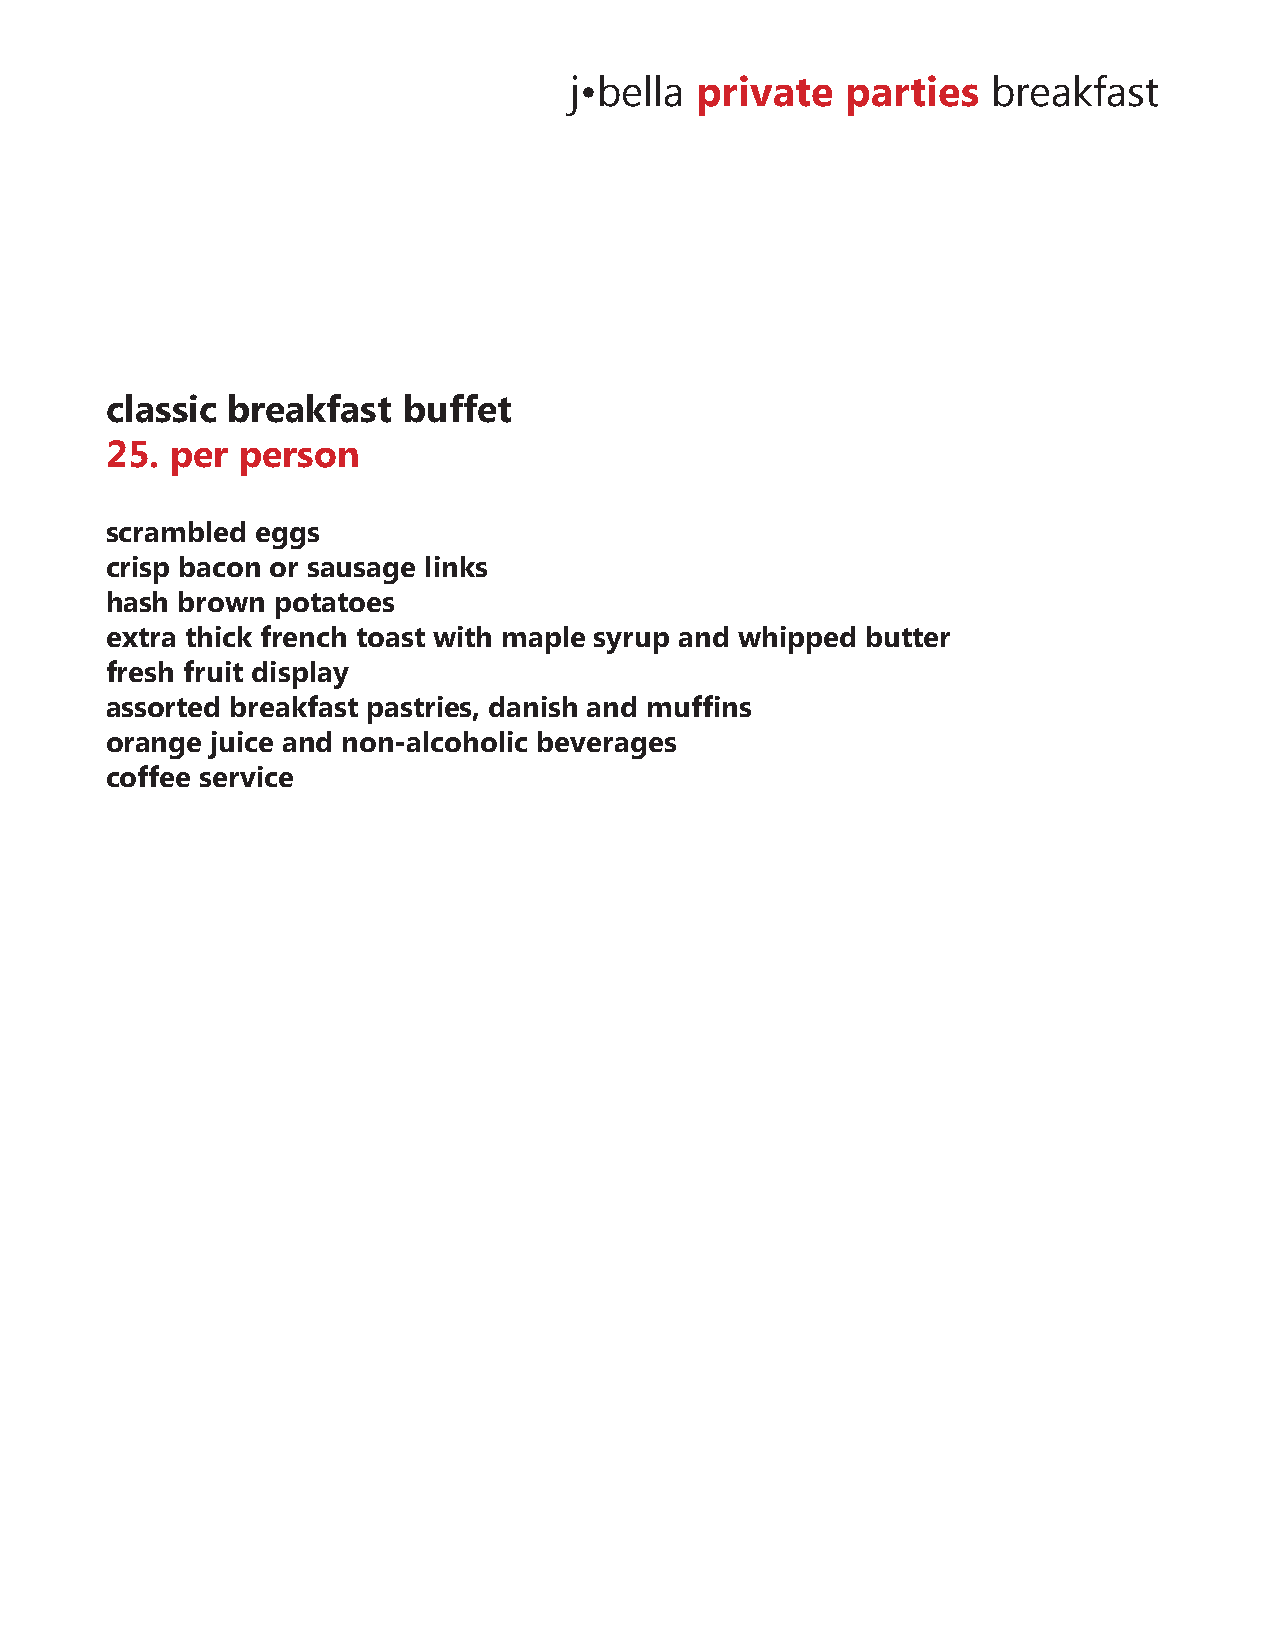
j•bella private   parties   breakfast
 classic breakfast   buffet
 25. per  person
 scrambled eggs
 crisp bacon or sausage links
 hash brown potatoes
 extra thick french toast with maple syrup and whipped butter
 fresh fruit display
 assorted breakfast pastries, danish and muffins
 orange juice and non-alcoholic beverages
 coffee service